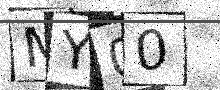
Text: MY00